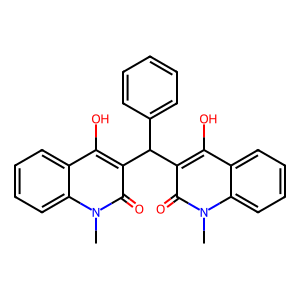
SMILES: Cn1c(=O)c(C(c2ccccc2)c2c(O)c3ccccc3n(C)c2=O)c(O)c2ccccc21
Inhibits HIV replication: No